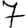
Digit: 7